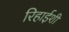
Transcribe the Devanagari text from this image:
रिहाईशी